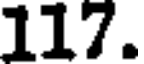
117.